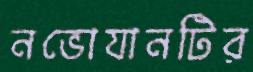
নভোযানটির